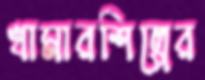
খামারশিল্পের